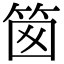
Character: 䇱